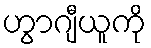
ဟွာဂျီယူကို